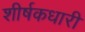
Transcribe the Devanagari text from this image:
शीर्षकधारी